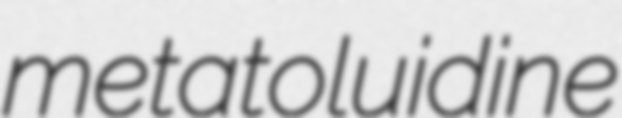
metatoluidine